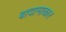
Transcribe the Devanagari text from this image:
बादामाकार